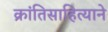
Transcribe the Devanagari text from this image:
क्रांतिसाहित्याने